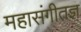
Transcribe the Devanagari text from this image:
महासंगीतज्ञ